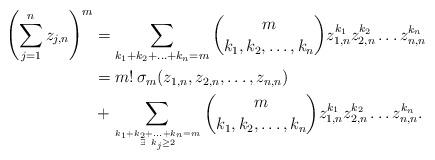
LaTeX: \begin{align*}\left(\sum_{j=1}^n z_{j,n}\right)^m &= \sum_{k_1+k_2+\ldots+k_n=m} \binom{m}{k_1,k_2,\ldots,k_n} z_{1,n}^{k_1} z_{2,n}^{k_2} \ldots z_{n,n}^{k_n} \\ &= m!\,\sigma_m(z_{1,n}, z_{2,n}, \ldots, z_{n,n}) \\ &+ \sum_{k_1+k_2+\ldots+k_n=m \atop {\exists\ k_j \ge 2}} \binom{m}{k_1,k_2,\ldots,k_n} z_{1,n}^{k_1} z_{2,n}^{k_2} \ldots z_{n,n}^{k_n}.\end{align*}